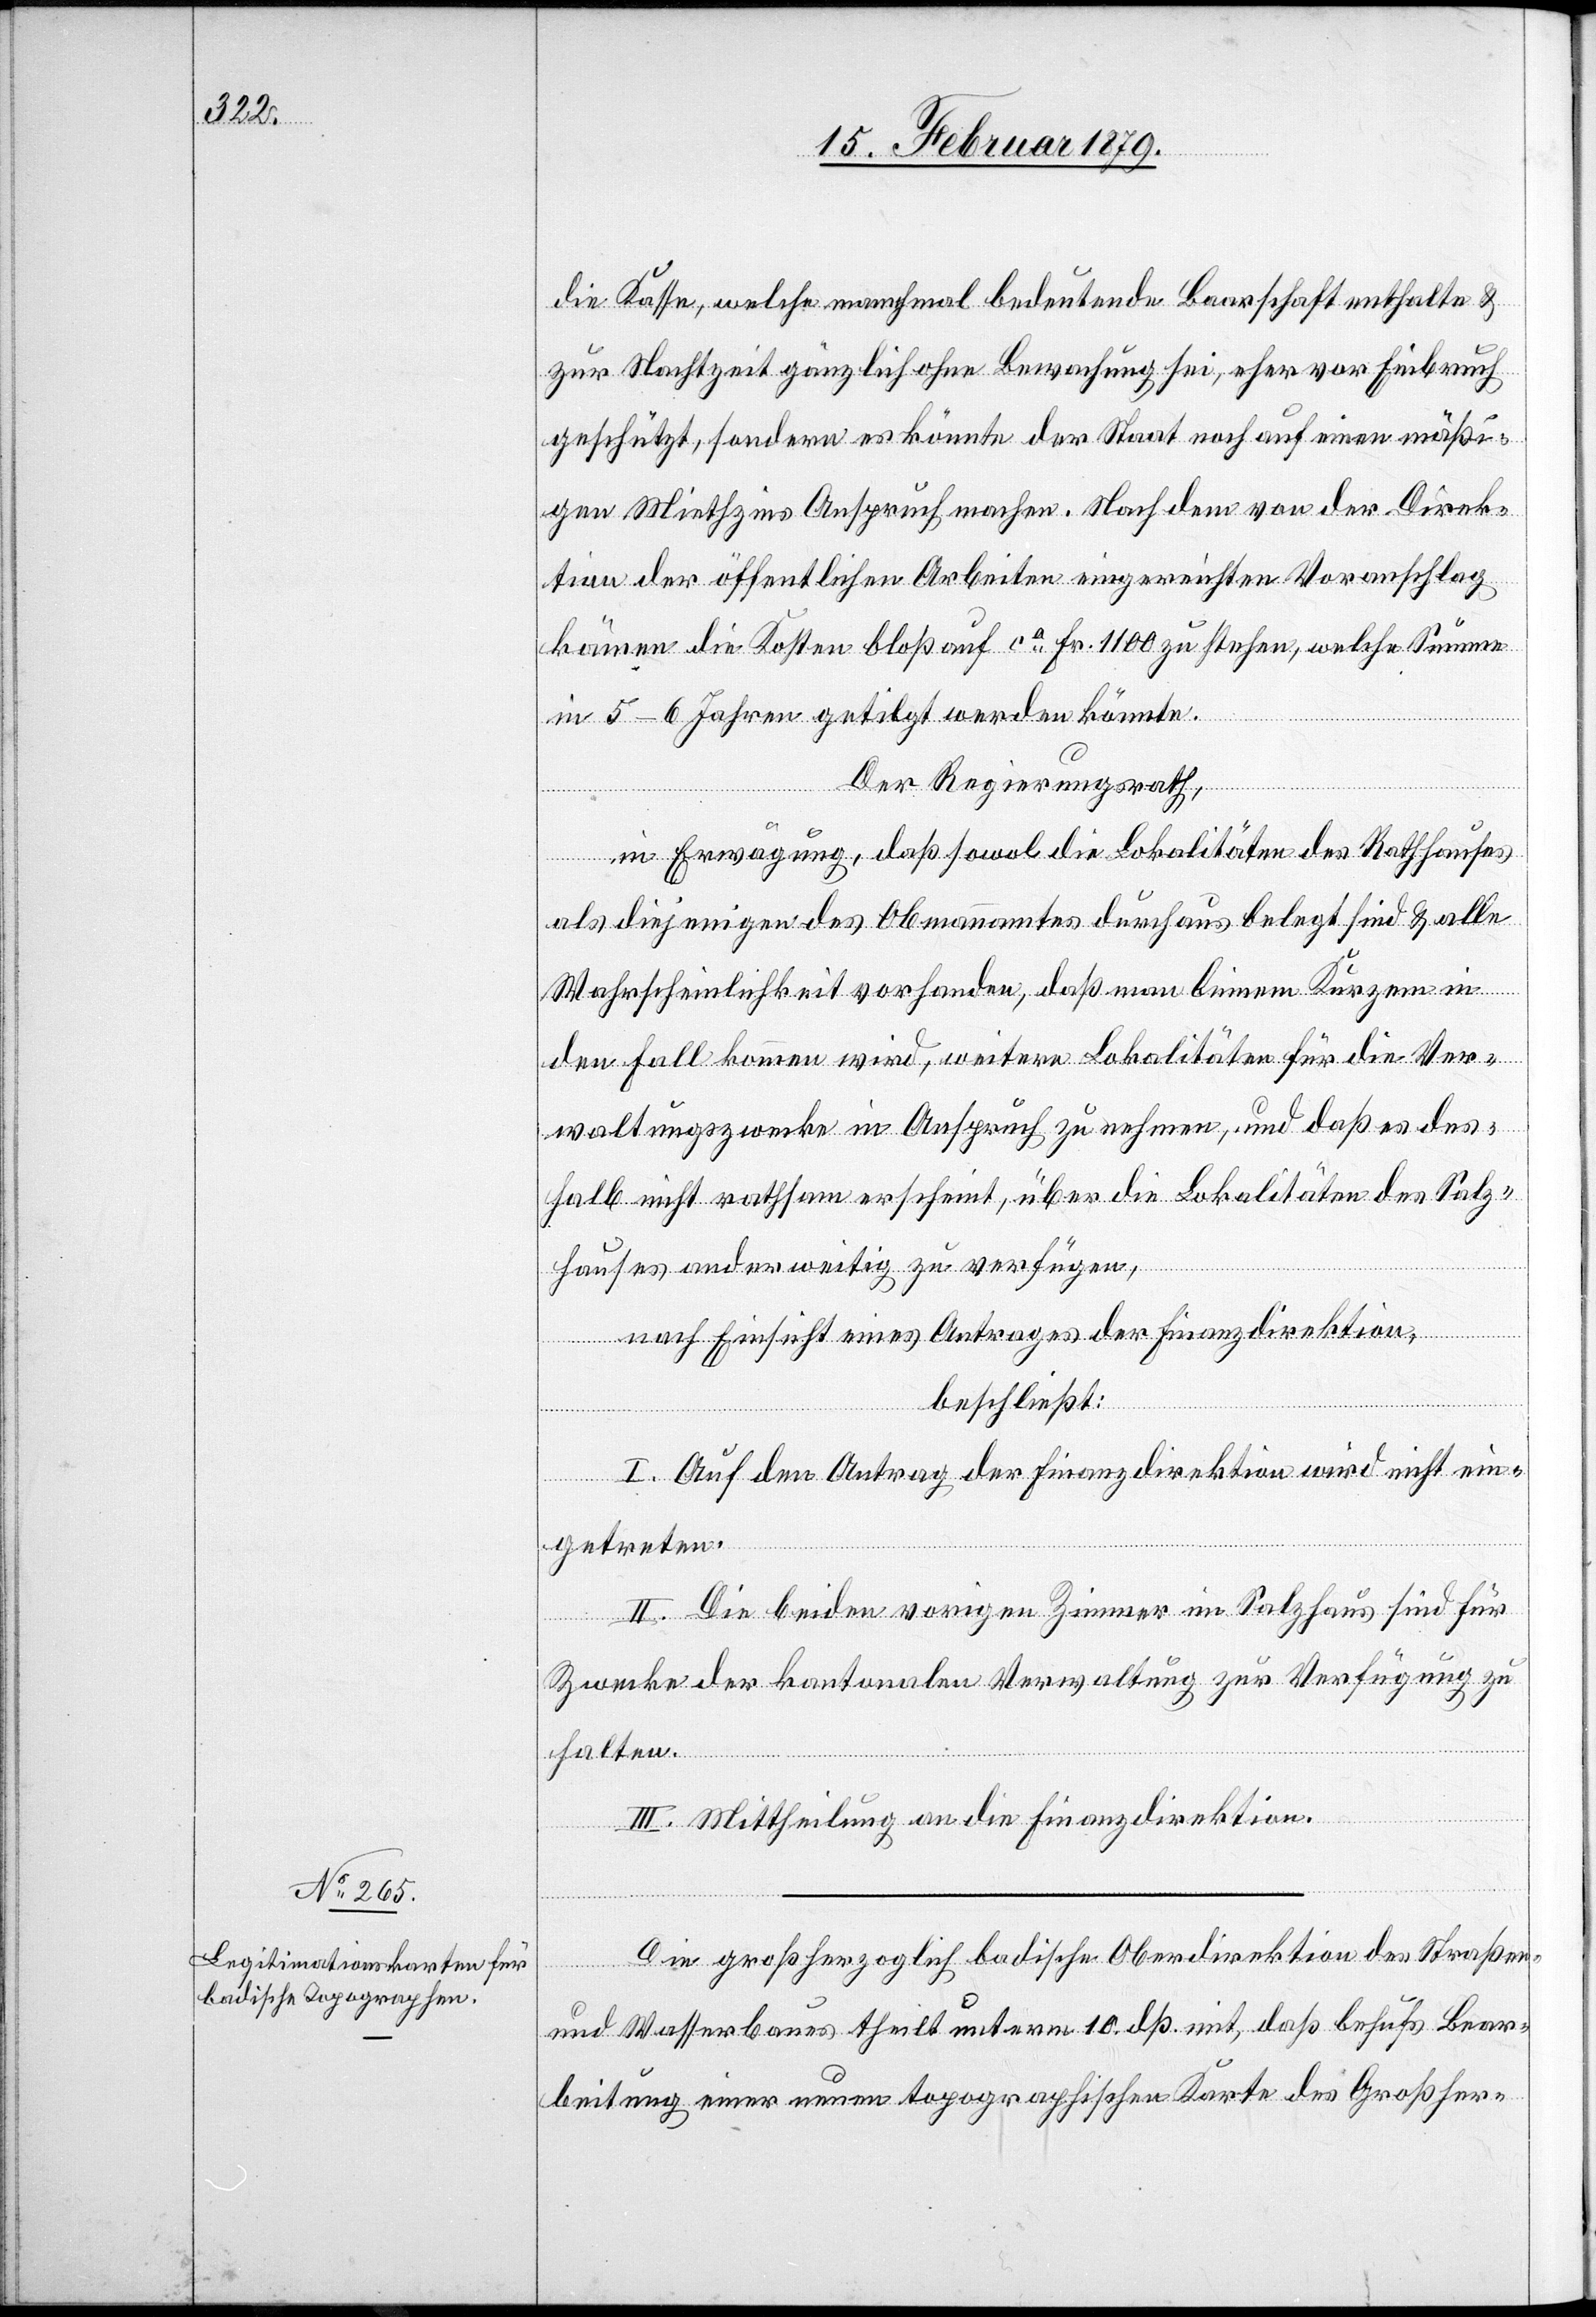
die Kasse, welche manchmal bedeutende Baarschaft enthalte &
zur Nachtzeit gänzlich ohne Bewachung sei, eher vor Einbruch
geschützt, sondern es könnte der Staat noch auf einen mäßi¬
gen Miethzins Anspruch machen. Nachdem von der Direk¬
tion der öffentlichen Arbeiten eingereichten Voranschlag
kämen die Kosten bloß auf ca Fr. 1100 zu stehen, welche Summe
in 5–6 Jahren getilgt werden könnte.
Der Regierungsrath,
in Erwägung, daß sowol die Lokalitäten des Rathhauses
als diejenigen des Obmannamtes durchaus belegt sind & alle
Wahrscheinlichkeit vorhanden, daß man binnen Kurzem in
den Fall kommen wird, weitere Lokalitäten für die Ver¬
waltungszwecke in Anspruch zu nehmen, und daß es des¬
halb nicht rathsam erscheint, über die Lokalitäten des Salz¬
hauses anderweitig zu verfügen,
nach Einsicht eines Antrages der Finanzdirektion,
beschließt:
I. Auf den Antrag der Finanzdirektion wird nicht ein¬
die
getreten.
II. Die beiden vorigen Zimmer im Salzhaus sind für
Zwecke der kantonalen Verwaltung zur Verfügung zu
halten.
III. Mittheilung an die Finanzdirektion.
Die großherzoglich badische Oberdirektion des Straßen-
und Wasserbaues theilt unterm 10. dß. mit, daß behufs Bear¬
beitung einer neuen topographischen Karte des Großher-